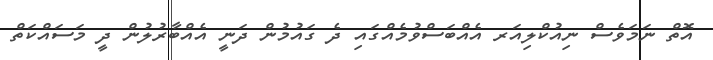
އޮތް ނަމަވެސް ނިއުކްލިއަރ އެއްބަސްވުމެއްގައި ދެ ގައުމުން ދަނީ އެއްބާރުލުން ދީ މަސައްކަތް